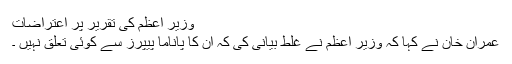
وزیر اعظم کی تقریر پر اعتراضات
عمران خان نے کہا کہ وزیر اعظم نے غلط بیانی کی کہ ان کا پاناما پیپرز سے کوئی تعلق نہیں ۔